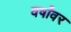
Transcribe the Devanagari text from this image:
वर्षांवर